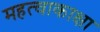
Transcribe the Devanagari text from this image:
महत्वाकाक्षा